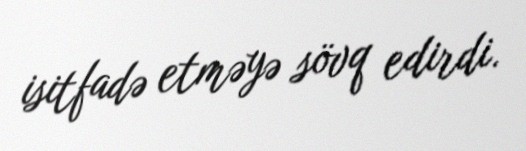
isitfadə etməyə sövq edirdi.